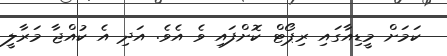
ކަމަށް މީޑިއާގައި ރިޕޯޓް ކޮށްފައި ވެ އެވެ. އަދި އެ ކުއްޖާ މަރާލީ